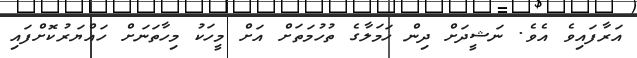
އަރާފައިވެ އެވެ. ނަޝީދަށް ދިން ހަމަލާގެ ތުހުމަތަށް އަށް މީހަކު މިހާތަނަށް ހައްޔަރުކޮށްފައި